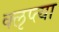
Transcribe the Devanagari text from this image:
क्‍ऌप्‍त्या